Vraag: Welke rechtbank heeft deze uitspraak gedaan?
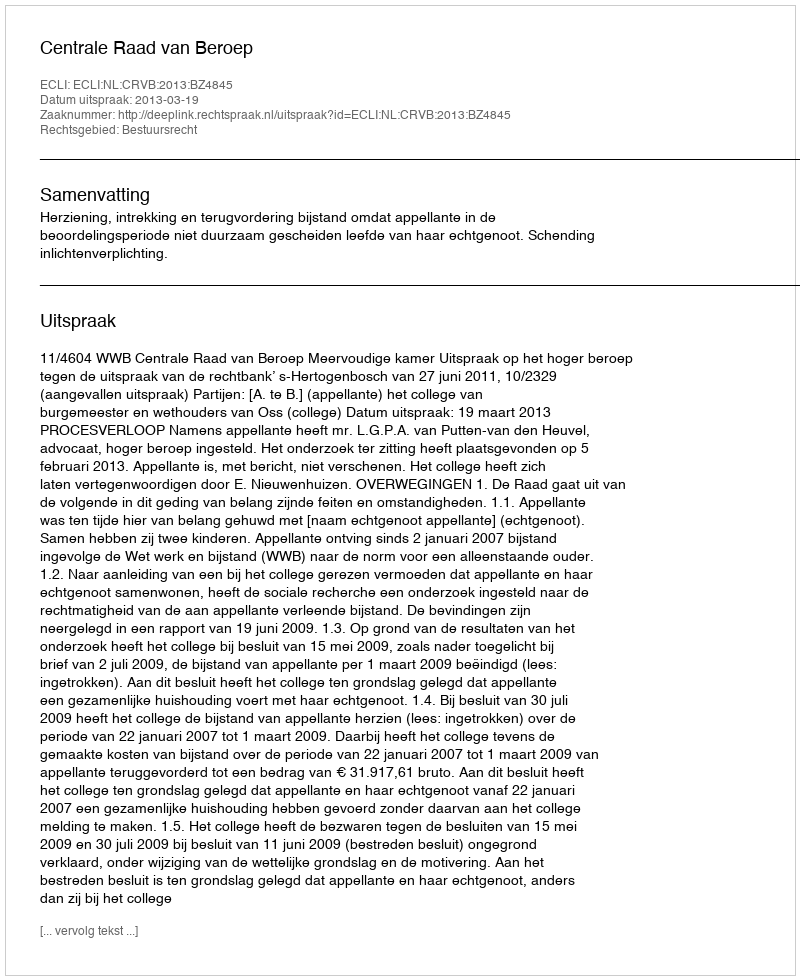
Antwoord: Centrale Raad van Beroep